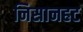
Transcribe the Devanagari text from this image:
निसानहट